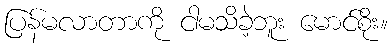
ပြန်မလာတာကို ငါမသိခဲ့ဘူး မောင်စိုး။